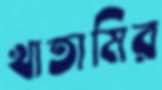
খাতামির